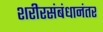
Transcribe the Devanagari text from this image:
शरीरसंबंधानंतर